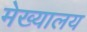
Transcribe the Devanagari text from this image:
मेख्यालय